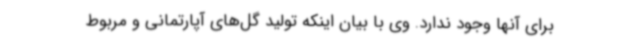
برای آنها وجود ندارد. وی با بیان اینکه تولید گل‌های آپارتمانی و مربوط